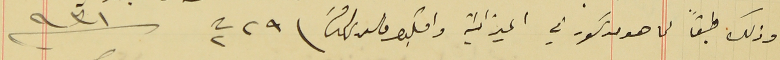
وذلك طبقاً لما هو مدكور في الميزانيةواقبلو حالس تحاتنا فى ٢٩ ت٢ سنة ٩٣١